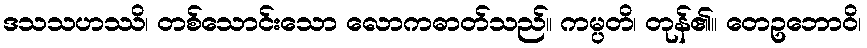
ဒသသဟဿိ၊ တစ်သောင်းသော လောကဓာတ်သည်။ ကမ္ပတိ၊ တုန်၏။ တေဥဘောဝိ၊